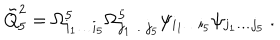
LaTeX: { \tilde { Q } } _ { 5 } ^ { 2 } = \Omega _ { i _ { 1 } \dots i _ { 5 } } ^ { 5 } \Omega _ { j _ { 1 } \dots j _ { 5 } } ^ { 5 } \psi _ { i _ { 1 } \dots i _ { 5 } } \psi _ { j _ { 1 } \dots j _ { 5 } } \ .